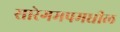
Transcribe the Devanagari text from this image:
सारेगमपमधील